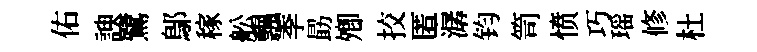
佑諛鷺鄔稼舩飄季勗𡖖挍匿潺钧笥愤巧瑶修杜